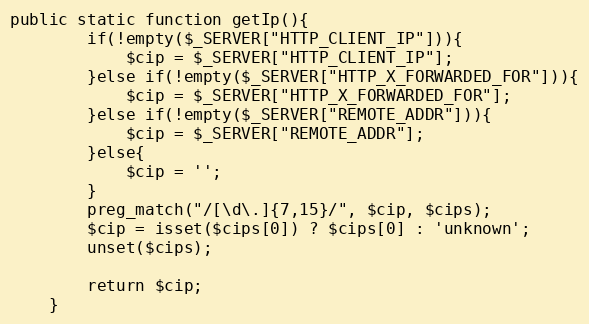
Language: PHP
public static function getIp(){
        if(!empty($_SERVER["HTTP_CLIENT_IP"])){
            $cip = $_SERVER["HTTP_CLIENT_IP"];
        }else if(!empty($_SERVER["HTTP_X_FORWARDED_FOR"])){
            $cip = $_SERVER["HTTP_X_FORWARDED_FOR"];
        }else if(!empty($_SERVER["REMOTE_ADDR"])){
            $cip = $_SERVER["REMOTE_ADDR"];
        }else{
            $cip = '';
        }
        preg_match("/[\d\.]{7,15}/", $cip, $cips);
        $cip = isset($cips[0]) ? $cips[0] : 'unknown';
        unset($cips);

        return $cip;
    }